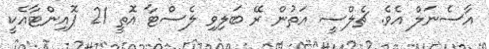
އާސެނަލް އެވެ. ޗެލްސީ އަތުން ރޭ ބަލިވި ލެސްޓާ އޮތީ 21 ޕޮއިންޓާއެކީ